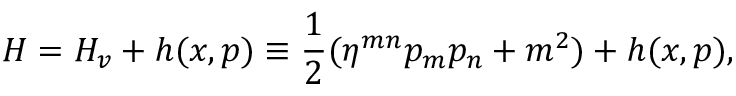
H = H _ { v } + h ( x , p ) \equiv \frac { 1 } { 2 } ( \eta ^ { m n } p _ { m } p _ { n } + m ^ { 2 } ) + h ( x , p ) ,